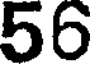
56